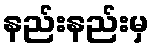
နည်းနည်းမှ